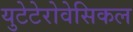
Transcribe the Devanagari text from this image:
युटेटेरोवेसिकल